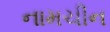
નામચીન